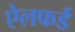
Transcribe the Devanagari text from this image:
ऐलफर्ड